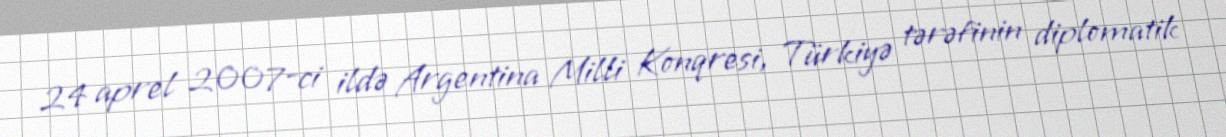
24 aprel 2007-ci ildə Argentina Milli Konqresi, Türkiyə tərəfinin diplomatik